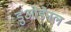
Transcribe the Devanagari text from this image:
डुओडेनल